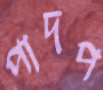
পাদপ